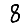
Digit: 8